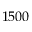
1 5 0 0